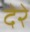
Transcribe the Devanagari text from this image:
देरे